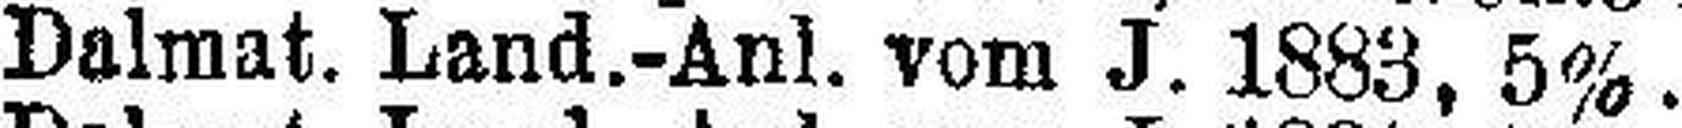
Dalmat. Land.-Anl. vom J. 1883, 5%..